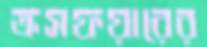
ক্রসফয়ারের